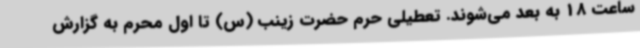
ساعت 18 به بعد می‌شوند. تعطیلی حرم حضرت زینب (س) تا اول محرم به گزارش